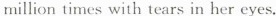
million times with tears in her eyes.